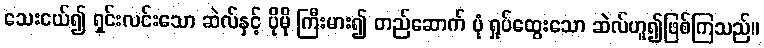
သေးငယ်၍ ရှင်းလင်းသော ဆဲလ်နှင့် ပိုမို ကြီးမား၍ တည်ဆောက် ပုံ ရှုပ်ထွေးသော ဆဲလ်ဟူ၍ဖြစ်ကြသည်။